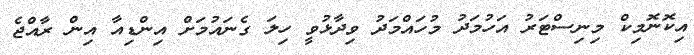
އިކޮނޮމިކް މިނިސްޓަރު އަހުމަދު މުހައްމަދު ވިދާޅުވީ ހިލަ ގެނައުމަށް އިންޑިއާ އިން ރާއްޖެ